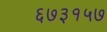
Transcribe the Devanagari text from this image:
६७३१५७